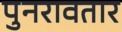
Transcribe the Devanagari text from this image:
पुनरावतार